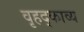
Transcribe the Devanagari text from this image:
वृहद्काव्य